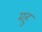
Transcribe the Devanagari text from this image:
महु